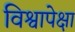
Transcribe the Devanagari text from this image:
विश्वापेक्षा